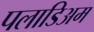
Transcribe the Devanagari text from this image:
पलाडिअम